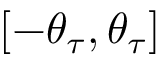
[ - \theta _ { \tau } , \theta _ { \tau } ]